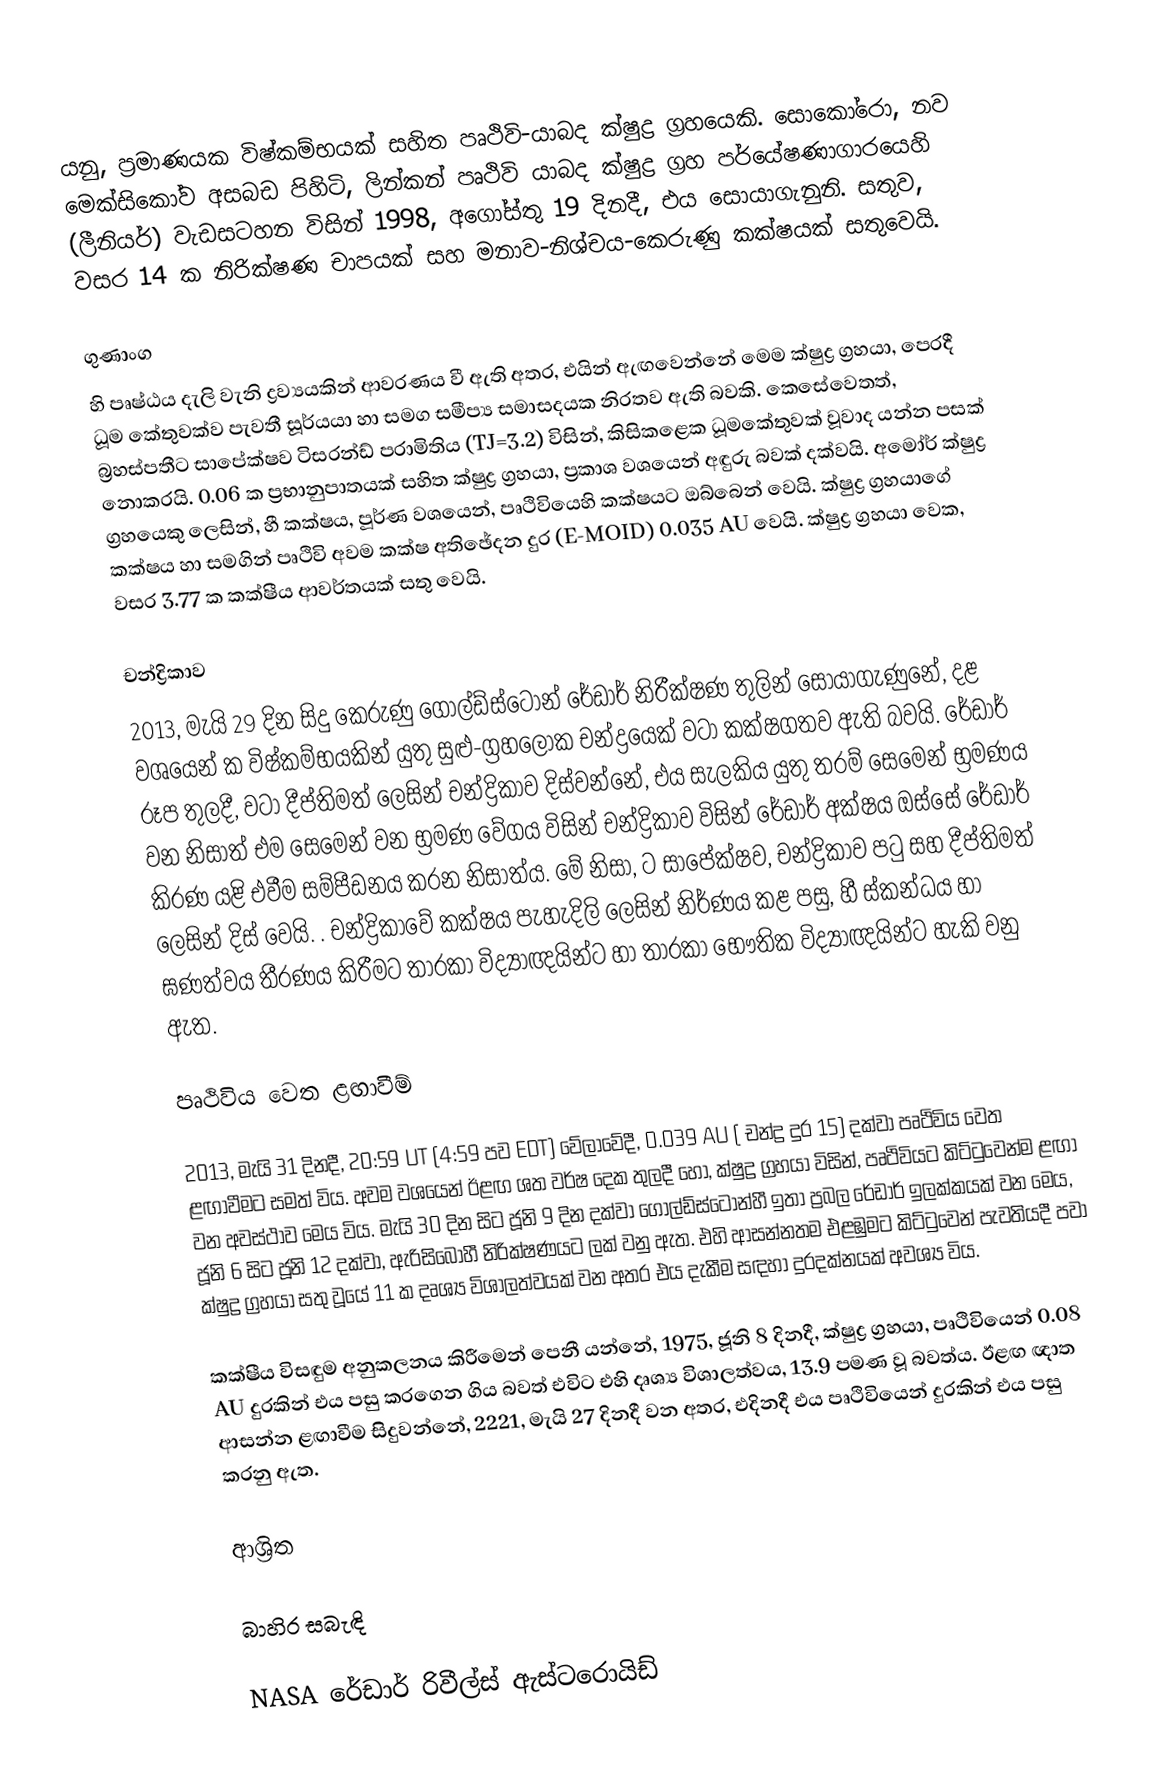
යනු,  ප්‍රමාණයක විෂ්කම්භයක් සහිත    පෘථිවි-යාබද ක්ෂුද්‍ර ග්‍රහයෙකි.  සොකෝරො, නව මෙක්සිකෝව අසබඩ පිහිටි,   ලින්කන් පෘථිවි යාබද ක්ෂුද්‍ර ග්‍රහ පර්යේෂණාගාරයෙහි (ලීනියර්) වැඩසටහන විසින් 1998, අගෝස්තු 19 දිනදී,   එය සොයාගැනුනි.   සතුව, වසර 14 ක  නිරික්ෂණ චාපයක්  සහ මනාව-නිශ්චය-කෙරුණු  කක්ෂයක් සතුවෙයි.

ගුණාංග
 හි පෘෂ්ඨය දැලි වැනි ද්‍රව්‍යයකින් ආවරණය වී ඇති අතර, එයින් ඇඟවෙන්නේ මෙම ක්ෂුද්‍ර ග්‍රහයා, පෙරදී  ධූම කේතුවක්ව පැවතී  සූර්යයා හා සමග සමීප්‍ය සමාසදයක නිරතව ඇති බවකි.   කෙසේවෙතත්, බ්‍රහස්පතීට සාපේක්ෂව  ටිසරන්ඩ් පරාමිතිය (TJ=3.2) විසින්,  කිසිකළෙක ධූමකේතුවක් වූවාද යන්න පසක් නොකරයි.  0.06 ක ප්‍රභානුපාතයක් සහිත ක්ෂුද්‍ර ග්‍රහයා, ප්‍රකාශ වශයෙන් අඳුරු බවක් දක්වයි.  අමෝර් ක්ෂුද්‍ර ග්‍රහයෙකු ලෙසින්,  හී කක්ෂය, පූර්ණ වශයෙන්, පෘථිවියෙහි කක්ෂයට ඔබ්බෙන් වෙයි. ක්ෂුද්‍ර ග්‍රහයාගේ කක්ෂය හා සමගින් පෘථිවි අවම කක්ෂ අතිඡේදන දුර (E-MOID) 0.035 AU වෙයි. ක්ෂුද්‍ර ග්‍රහයා වෙක, වසර  3.77 ක කක්ෂීය ආවර්තයක් සතු වෙයි.

චන්ද්‍රිකාව
2013, මැයි 29 දින සිදු කෙරුණු ගෝල්ඩ්ස්ටෝන් රේඩාර් නිරීක්ෂණ  තුලින් සොයාගැණුනේ, දළ වශයෙන්  ක විෂ්කම්භයකින් යුතු   සුළු-ග්‍රහලෝක චන්ද්‍රයෙක්  වටා කක්ෂගතව ඇති බවයි.  රේඩාර් රූප තුලදී,  වටා දීප්තිමත් ලෙසින් චන්ද්‍රිකාව දිස්වන්නේ, එය සැලකිය යුතු තරම් සෙමෙන් භ්‍රමණය වන නිසාත් එම සෙමෙන් වන භ්‍රමණ වේගය විසින් චන්ද්‍රිකාව විසින් රේඩාර් අක්ෂය ඔස්සේ රේඩාර් කිරණ යළි එවීම සම්පීඩනය කරන නිසාත්ය. මේ නිසා,  ට සාපේක්ෂව, චන්ද්‍රිකාව පටු සහ දීප්තිමත් ලෙසින් දිස් වෙයි. .  චන්ද්‍රිකාවේ කක්ෂය පැහැදිලි ලෙසින් නිර්ණය කළ පසු,  හී ස්කන්ධය හා ඝණත්වය තීරණය කිරීමට තාරකා විද්‍යාඥයින්ට හා  තාරකා භෞතික විද්‍යාඥයින්ට හැකි වනු ඇත.

පෘථිවිය වෙත ළඟාවීම්

2013, මැයි 31 දිනදී,  20:59 UT (4:59 පව EDT) වේලාවේදී,  0.039 AU ( චන්ද්‍ර දුර 15) දක්වා පෘථිවිය වෙත ළඟාවීමට  සමත් විය.  අවම වශයෙන් ඊළඟ ශත වර්ෂ දෙක තුලදී හෝ, ක්ෂුද්‍ර ග්‍රහයා විසින්, පෘථිවියට කිට්ටුවෙන්ම ළඟා වන අවස්ථාව මෙය විය.  මැයි 30 දින සිට ජූනි 9 දින දක්වා  ගෝල්ඩ්ස්ටෝන්හී ඉතා ප්‍රබල රේඩාර් ඉලක්කයක් වන මෙය, ජූනි 6 සිට ජූනි 12 දක්වා, ඇරිසිබෝහී  නිරික්ෂණයට ලක් වනු ඇත.  එහි ආසන්නතම එළඹුමට කිට්ටුවෙන් පැවතියදී පවා ක්ෂුද්‍ර ග්‍රහයා සතු වූයේ 11 ක දෘශ්‍ය විශාලත්වයක් වන අතර එය දැකීම සඳහා දුරදක්නයක් අවශ්‍ය විය.

කක්ෂීය විසඳුම අනුකලනය කිරීමෙන් පෙනී යන්නේ,  1975, ජූනි 8 දිනදී, ක්ෂුද්‍ර ග්‍රහයා, පෘථිවියෙන් 0.08 AU දුරකින් එය පසු කරගෙන ගිය බවත්  එවිට එහි දෘශ්‍ය විශාලත්වය,  13.9 පමණ වූ බවත්ය.  ඊළඟ ඥාත ආසන්න ළඟාවීම සිදුවන්නේ,  2221, මැයි 27 දිනදී වන අතර, එදිනදී එය පෘථිවියෙන්   දුරකින් එය පසු කරනු ඇත.

ආශ්‍රිත

බාහිර සබැඳි

NASA රේඩාර් රිවීල්ස් ඇස්ටරොයිඩ්